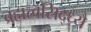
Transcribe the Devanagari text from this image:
ब्रह्मत्वसिद्ध्यै